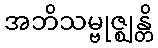
အဘိသမ္ဗုဇ္ဈန္တိ